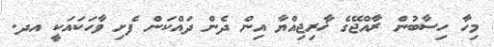
މިހާ ހިސާބުން ރާއްޖޭގެ ޚާރިޖިއްޔާ އިން ދެން ދައްކަން ފެށި ވާހަކައަކީ އދ.